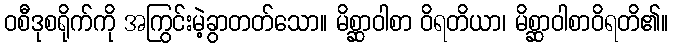
ဝစီဒုစရိုက်ကို အကြွင်းမဲ့ခွာတတ်သော။ မိစ္ဆာဝါစာ ဝိရတိယာ၊ မိစ္ဆာဝါစာဝိရတိ၏။